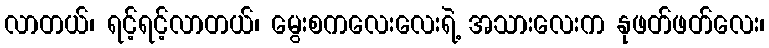
လာတယ်၊ ရင့်ရင့်လာတယ်၊ မွေးစကလေးလေးရဲ့ အသားလေးက နုဖတ်ဖတ်လေး၊